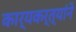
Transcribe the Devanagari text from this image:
कार्यकर्त्यांने